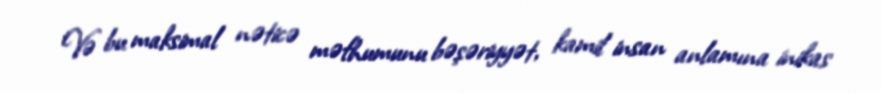
Və bu maksimal nəticə məfhumunu bəşəriyyət, kamil insan anlamına inikas